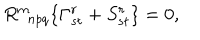
LaTeX: R _ { \; \; n p q } ^ { m } \{ \Gamma _ { s t } ^ { r } + S _ { s t } ^ { r } \} = 0 ,